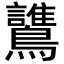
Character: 𪇻